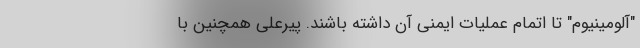
"آلومینیوم" تا اتمام عملیات ایمنی آن داشته باشند. پیرعلی همچنین با